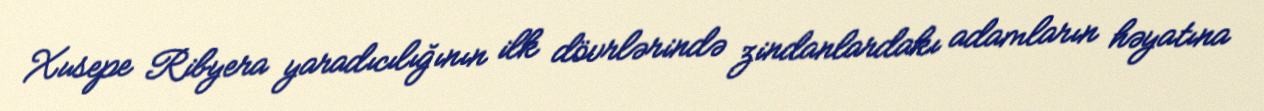
Xusepe Ribyera yaradıcılığının ilk dövrlərində zindanlardakı adamların həyatına